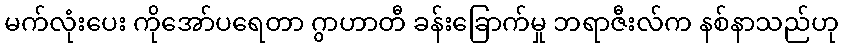
မက်လုံးပေး ကိုအော်ပရေတာ ဂွာဟာတီ ခန်းခြောက်မှု ဘရာဇီးလ်က နစ်နာသည်ဟု